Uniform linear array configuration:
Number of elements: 48
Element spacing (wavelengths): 0.5
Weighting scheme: hann
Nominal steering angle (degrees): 45
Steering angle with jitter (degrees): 45.696
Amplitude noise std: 0.05
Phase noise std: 0.05

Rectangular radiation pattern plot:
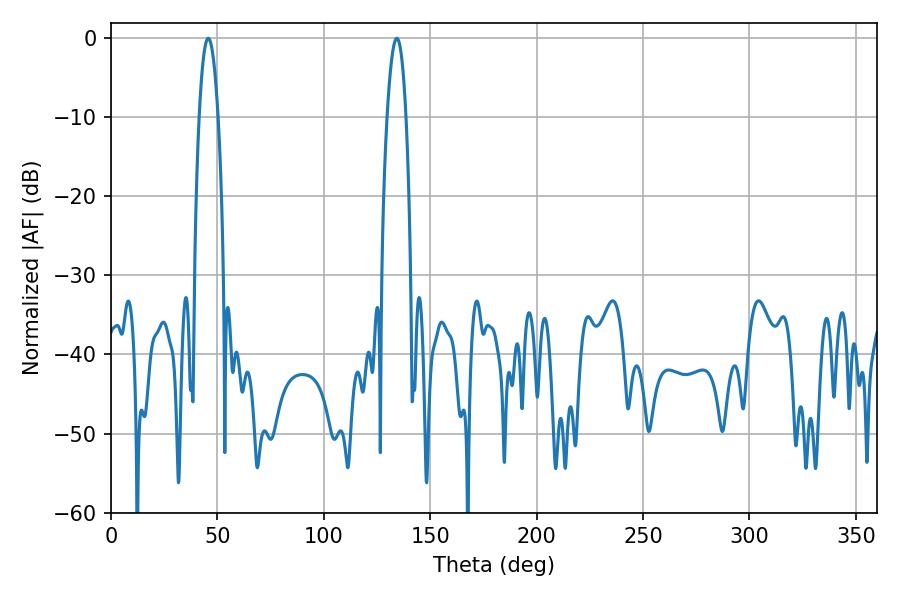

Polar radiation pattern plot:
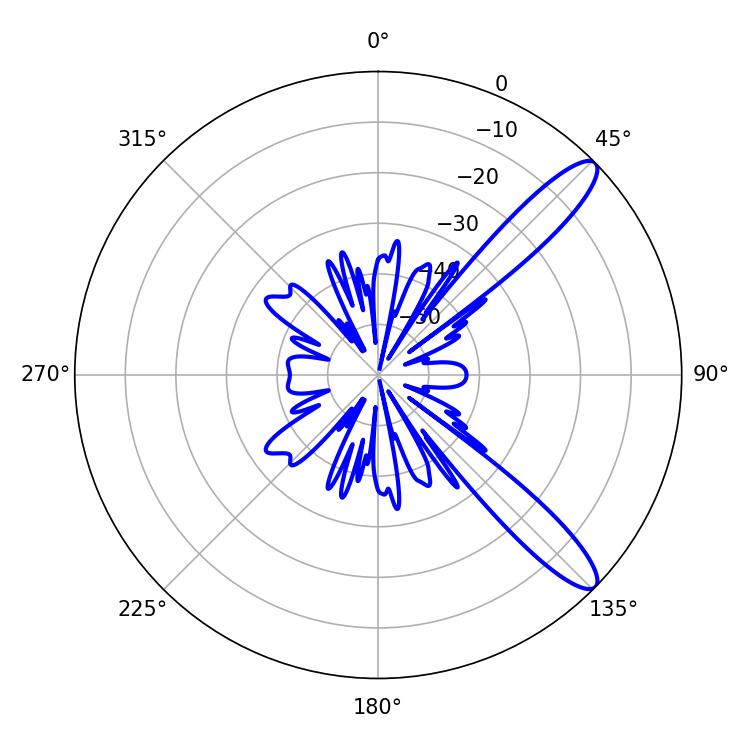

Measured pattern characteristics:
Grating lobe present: FALSE
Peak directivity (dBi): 11.789
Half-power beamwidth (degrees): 4.86
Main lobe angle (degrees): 45.72